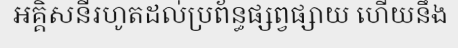
អគ្គិសនីរហូតដល់ប្រព័ន្ធផ្សព្វផ្សាយ ហើយនឹង